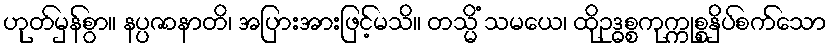
ဟုတ်မှန်စွာ။ နပ္ပဇာနာတိ၊ အပြားအားဖြင့်မသိ။ တသ္မိံ သမယေ၊ ထိုဥဒ္ဓစ္စကုက္ကုစ္စနှိပ်စက်သော